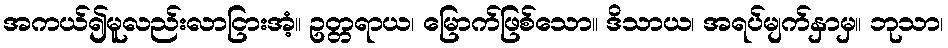
အကယ်၍မူလည်းလာငြားအံ့။ ဥတ္တရာယ၊ မြောက်ဖြစ်သော။ ဒိသာယ၊ အရပ်မျက်နှာမှ။ ဘုသာ၊